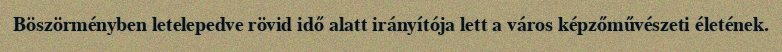
Böszörményben letelepedve rövid idő alatt irányítója lett a város képzőművészeti életének.